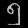
Digit: ၅